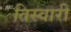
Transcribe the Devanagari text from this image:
तिस्वारी